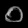
Digit: ၀